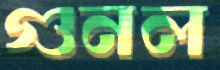
গুনল